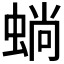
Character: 𱿫